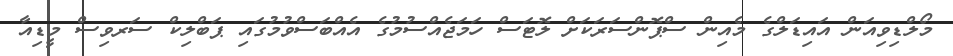
މޯލްޑިވިއަން އައިޑަލްގެ މެއިން ސްޕޮންސަރަކަށް ލޮޓަސް ހަމަޖެއްސުމުގެ އެއްބަސްވުމުގައި ޕަބްލިކް ސަރވިސް މީޑިއާ